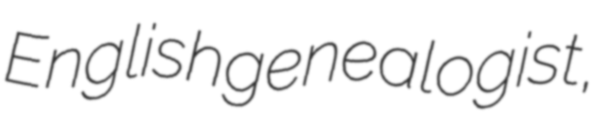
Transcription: English genealogist,